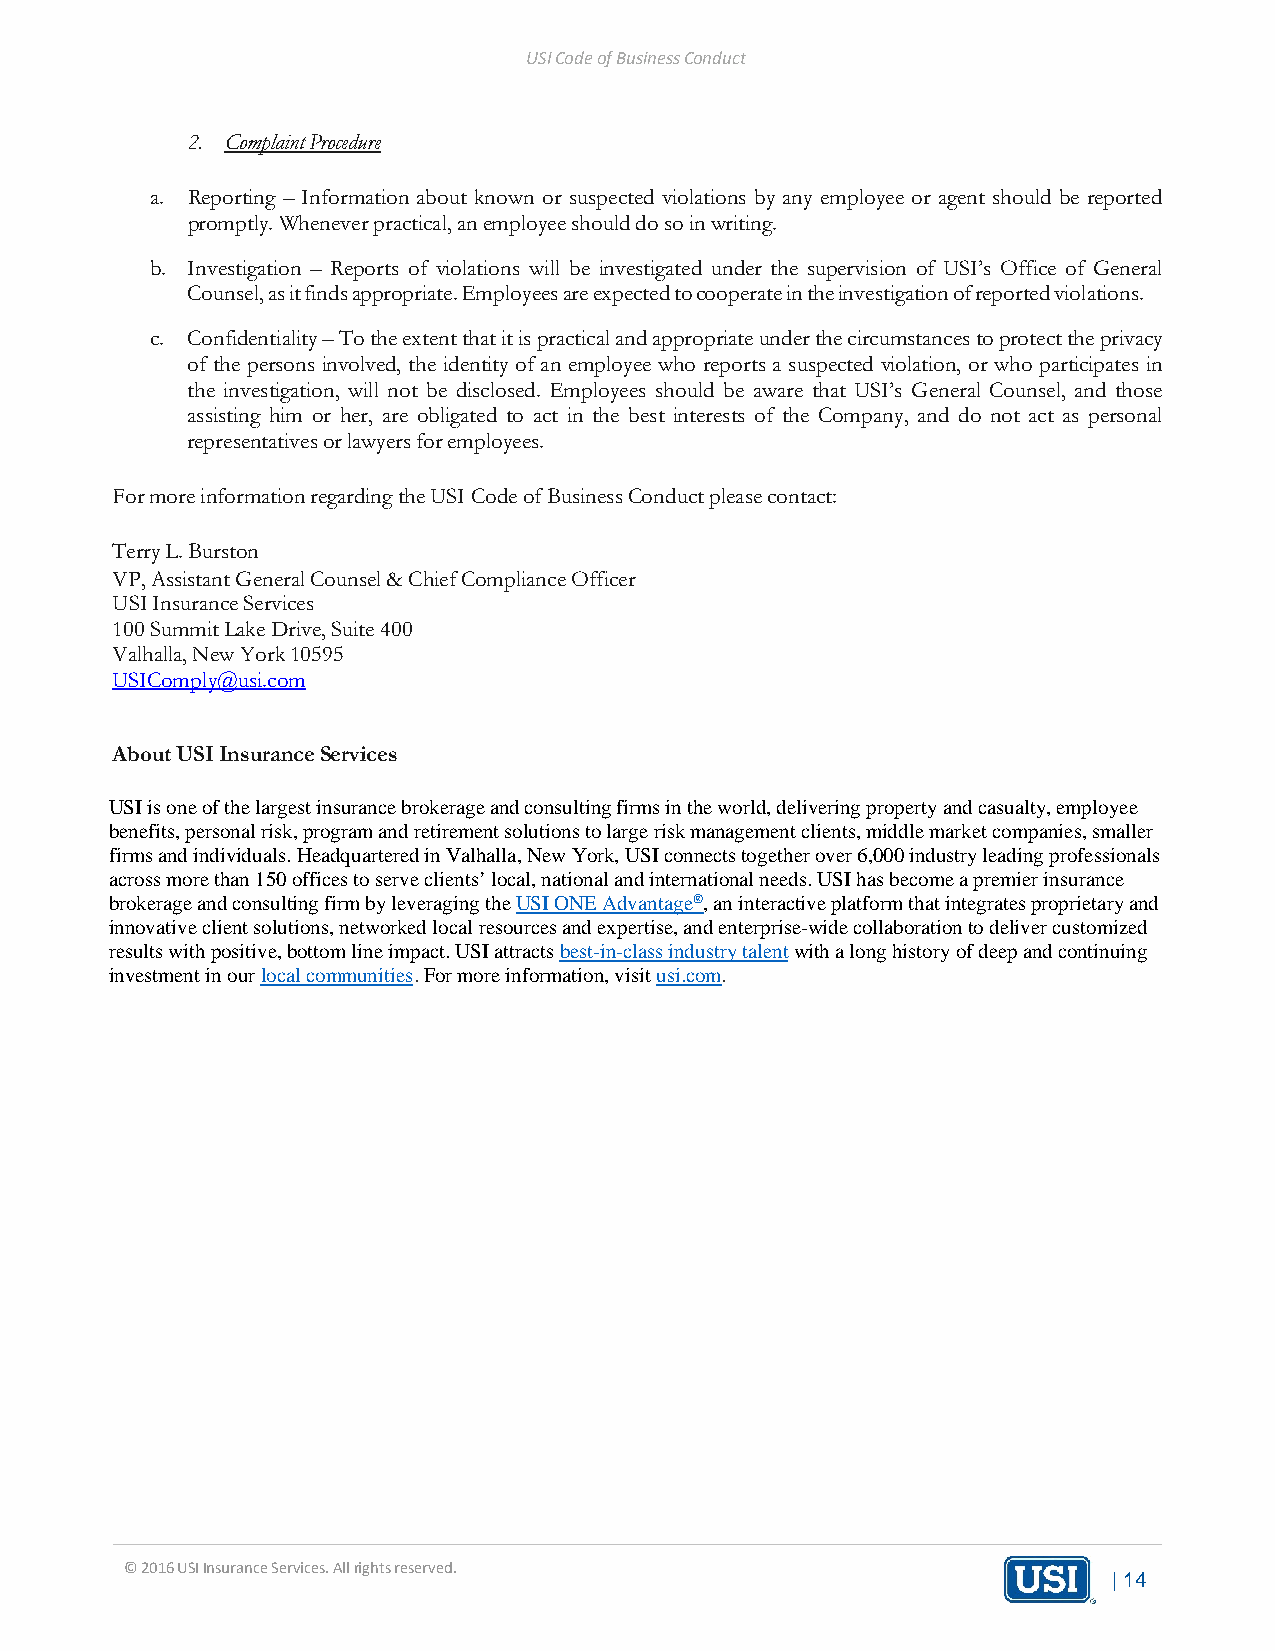
USI Code of Business Conduct
 2. Complaint Procedure
 a. Reporting – Information about known or suspected violations by any employee or agent should be reported
 promptly. Whenever practical, an employee should do so in writing.
 b. Investigation – Reports of violations will be investigated under the supervision of USI’s Office of General
 Counsel, as it finds appropriate. Employees are expected to cooperate in the investigation of reported violations.
 c. Confidentiality – To the extent that it is practical and appropriate under the circumstances to protect the privacy
 of the persons involved, the identity of an employee who reports a suspected violation, or who participates in
 the investigation, will not be disclosed. Employees should be aware that USI’s General Counsel, and those
 assisting him or her, are obligated to act in the best interests of the Company, and do not act as personal
 representatives or lawyers for employees.
 For more information regarding the USI Code of Business Conduct please contact:
 Terry L. Burston
 VP, Assistant General Counsel & Chief Compliance Officer
 USI Insurance Services
 100 Summit Lake Drive, Suite 400
 Valhalla, New York 10595
 USIComply@usi.com
 About USI Insurance Services
 USI is one of the largest insurance brokerage and consulting firms in the world, delivering property and casualty, employee
 benefits, personal risk, program and retirement solutions to large risk management clients, middle market companies, smaller
 firms and individuals. Headquartered in Valhalla, New York, USI connects together over 6,000 industry leading professionals
 across more than 150 offices to serve clients’ local, national and international needs. USI has become a premier insurance
 brokerage and consulting firm by leveraging the USI ONE Advantage®, an interactive platform that integrates proprietary and
 innovative client solutions, networked local resources and expertise, and enterprise-wide collaboration to deliver customized
 results with positive, bottom line impact. USI attracts best-in-class industry talent with a long history of deep and continuing
 investment in our local communities. For more information, visit usi.com.
 © 2016 USI Insurance Services. All rights reserved.
 | 14